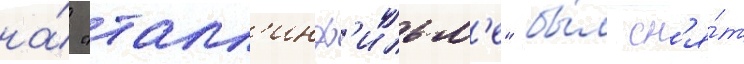
на́ "талл'инф'ильм'е" бы́л сн'я́т